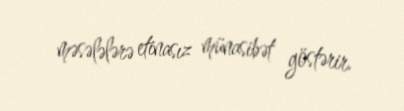
məsələlərə etinasız münasibət göstərir.